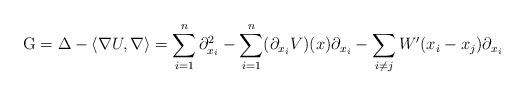
LaTeX: \begin{align*} \mathrm{G} =\Delta-\langle\nabla U,\nabla\rangle =\sum_{i=1}^n\partial^2_{x_i} -\sum_{i=1}^n (\partial_{x_i}V)(x)\partial_{x_i} -\sum_{i\neq j} W'(x_i-x_j) \partial_{x_i}\end{align*}